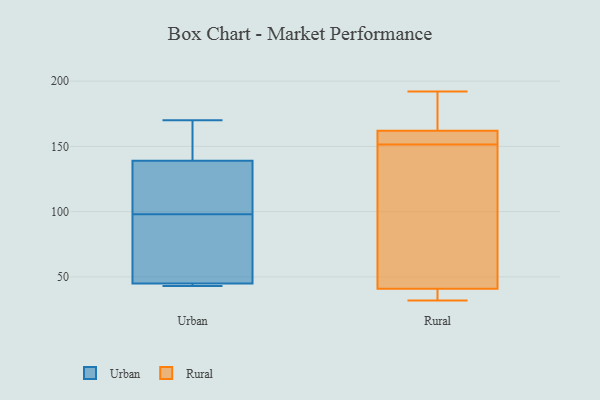
{"axis": {"x": "Customer Acquisition Cost (USD)", "y": "Value"}, "legend": ["Rural", "Urban"], "data": [{"x": "", "y": 88, "type": "Urban"}, {"x": "", "y": 45, "type": "Urban"}, {"x": "", "y": 139, "type": "Urban"}, {"x": "", "y": 105, "type": "Urban"}, {"x": "", "y": 110, "type": "Urban"}, {"x": "", "y": 43, "type": "Urban"}, {"x": "", "y": 170, "type": "Urban"}, {"x": "", "y": 139, "type": "Urban"}, {"x": "", "y": 45, "type": "Urban"}, {"x": "", "y": 91, "type": "Urban"}, {"x": "", "y": 158, "type": "Rural"}, {"x": "", "y": 32, "type": "Rural"}, {"x": "", "y": 162, "type": "Rural"}, {"x": "", "y": 166, "type": "Rural"}, {"x": "", "y": 49, "type": "Rural"}, {"x": "", "y": 41, "type": "Rural"}, {"x": "", "y": 147, "type": "Rural"}, {"x": "", "y": 38, "type": "Rural"}, {"x": "", "y": 156, "type": "Rural"}, {"x": "", "y": 192, "type": "Rural"}]}